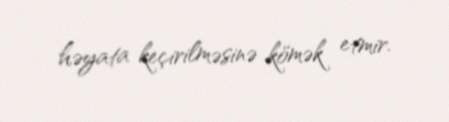
həyata keçirilməsinə kömək etmir.